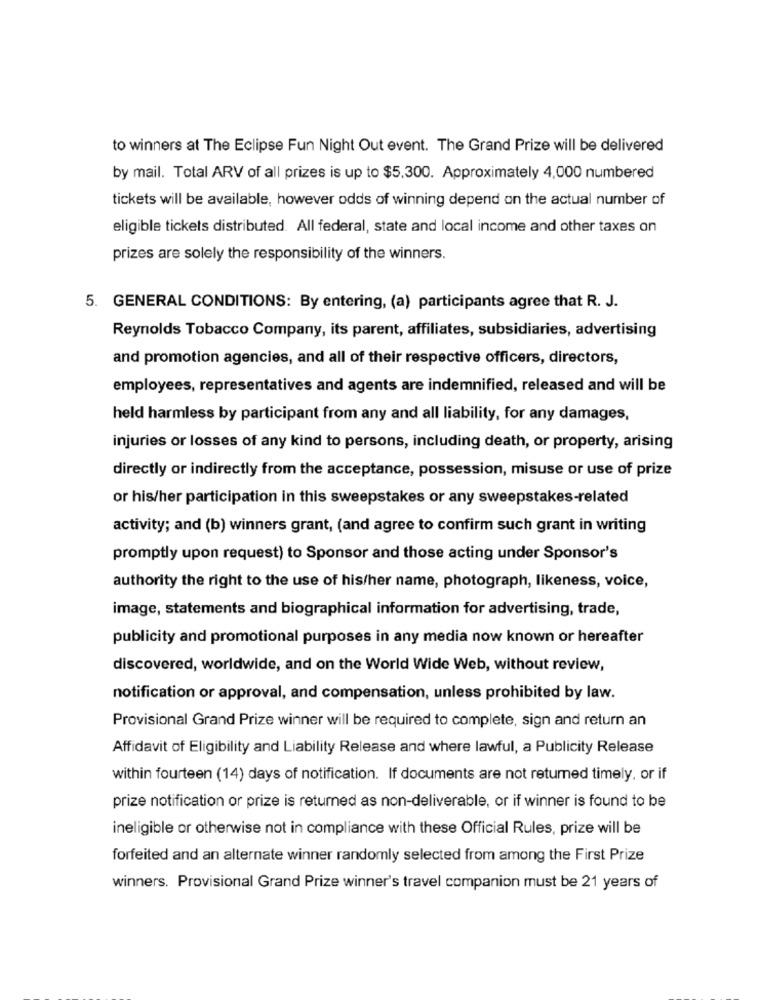
to winners at The Eclipse Fun Night Out event. The Grand Prize will be delivered
by mail. Total ARV of all prizes is up to $5,300. Approximately 4,000 numbered
tickets will be available, however odds of winning depend on the actual number of
eligible tickets distributed. All federal, state and local income and other taxes on
prizes are solely the responsibility of the winners.
5. GENERAL CONDITIONS: By entering, (a) participants agree that R. J.
Reynolds Tobacco Company, its parent, affiliates, subsidiaries, advertising
and promotion agencies, and all of their respective officers, directors,
employees, representatives and agents are indemnified, released and will be
held harmless by participant from any and all liability, for any damages,
injuries or losses of any kind to persons, including death, or property, arising
directly or indirectly from the acceptance, possession, misuse or use of prize
or his/her participation in this sweepstakes or any sweepstakes-related
activity; and (b) winners grant, (and agree to confirm such grant in writing
promptly upon request) to Sponsor and those acting under Sponsor's
authority the right to the use of his/her name, photograph, likeness, voice,
image, statements and biographical information for advertising, trade,
publicity and promotional purposes in any media now known or hereafter
discovered, worldwide, and on the World Wide Web, without review,
notification or approval, and compensation, unless prohibited by law.
Provisional Grand Prize winner will be required to complete, sign and return an
Affidavit of Eligibility and Liability Release and where lawful, a Publicity Release
within fourteen (14) days of notification. If documents are not returned timely, or if
prize notification or prize is returned as non-deliverable, or if winner is found to be
ineligible or otherwise not in compliance with these Official Rules, prize will be
forfeited and an alternate winner randomly selected from among the First Prize
winners. Provisional Grand Prize winner's travel companion must be 21 years of